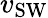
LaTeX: v_{\textrm{SW}}